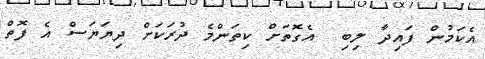
އެކަމުން ފައިދާ ލިބި  އެގޮތަށް ކިތަންމެ ދުރަކަށް ދިޔަޔަސް އެ ފޮތް